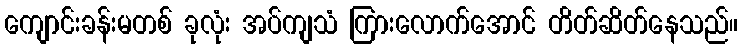
ကျောင်းခန်းမတစ် ခုလုံး အပ်ကျသံ ကြားလောက်အောင် တိတ်ဆိတ်နေသည်။